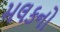
મલકનો